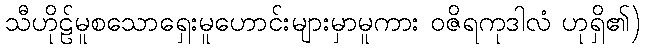
သီဟိုဠ်မူစသောရှေးမူဟောင်းများမှာမူကား ဝဇိရကုဒါလံ ဟုရှိ၏)